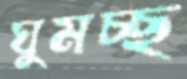
ঘুমচ্ছ